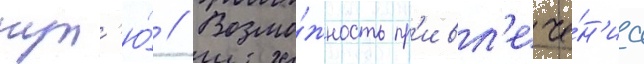
нул'ю́ // Возмо́жность пр'ивл'ече́н'иа